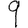
Digit: 9